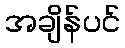
အချိန်ပင်